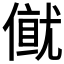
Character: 𠎂